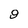
Character: 9